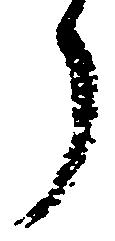
了